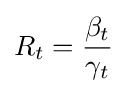
R_{t}={\frac {\beta _{t}}{\gamma _{t}}}